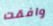
وافقت